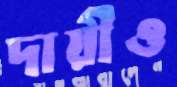
দায়ীও